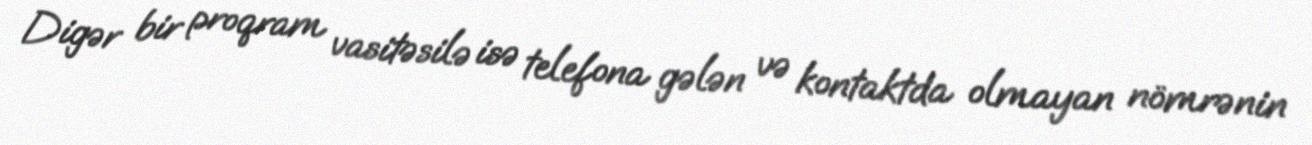
Digər bir proqram vasitəsilə isə telefona gələn və kontaktda olmayan nömrənin